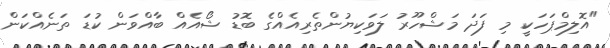
"އޮލިމްޕަހަކީ މި ފަދަ މަޝްހޫރު ލަވަކިޔުންތެރިއެއްގެ ބޮޑު ޝޯއެއް ބާއްވަން ކުޑަ ތަނެއްކަން